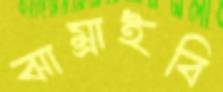
ঝাম্‌রাইবি